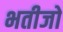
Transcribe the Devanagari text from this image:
भतीजो